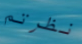
نظرتم